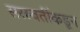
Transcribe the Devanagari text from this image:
सरस्वतींकडून